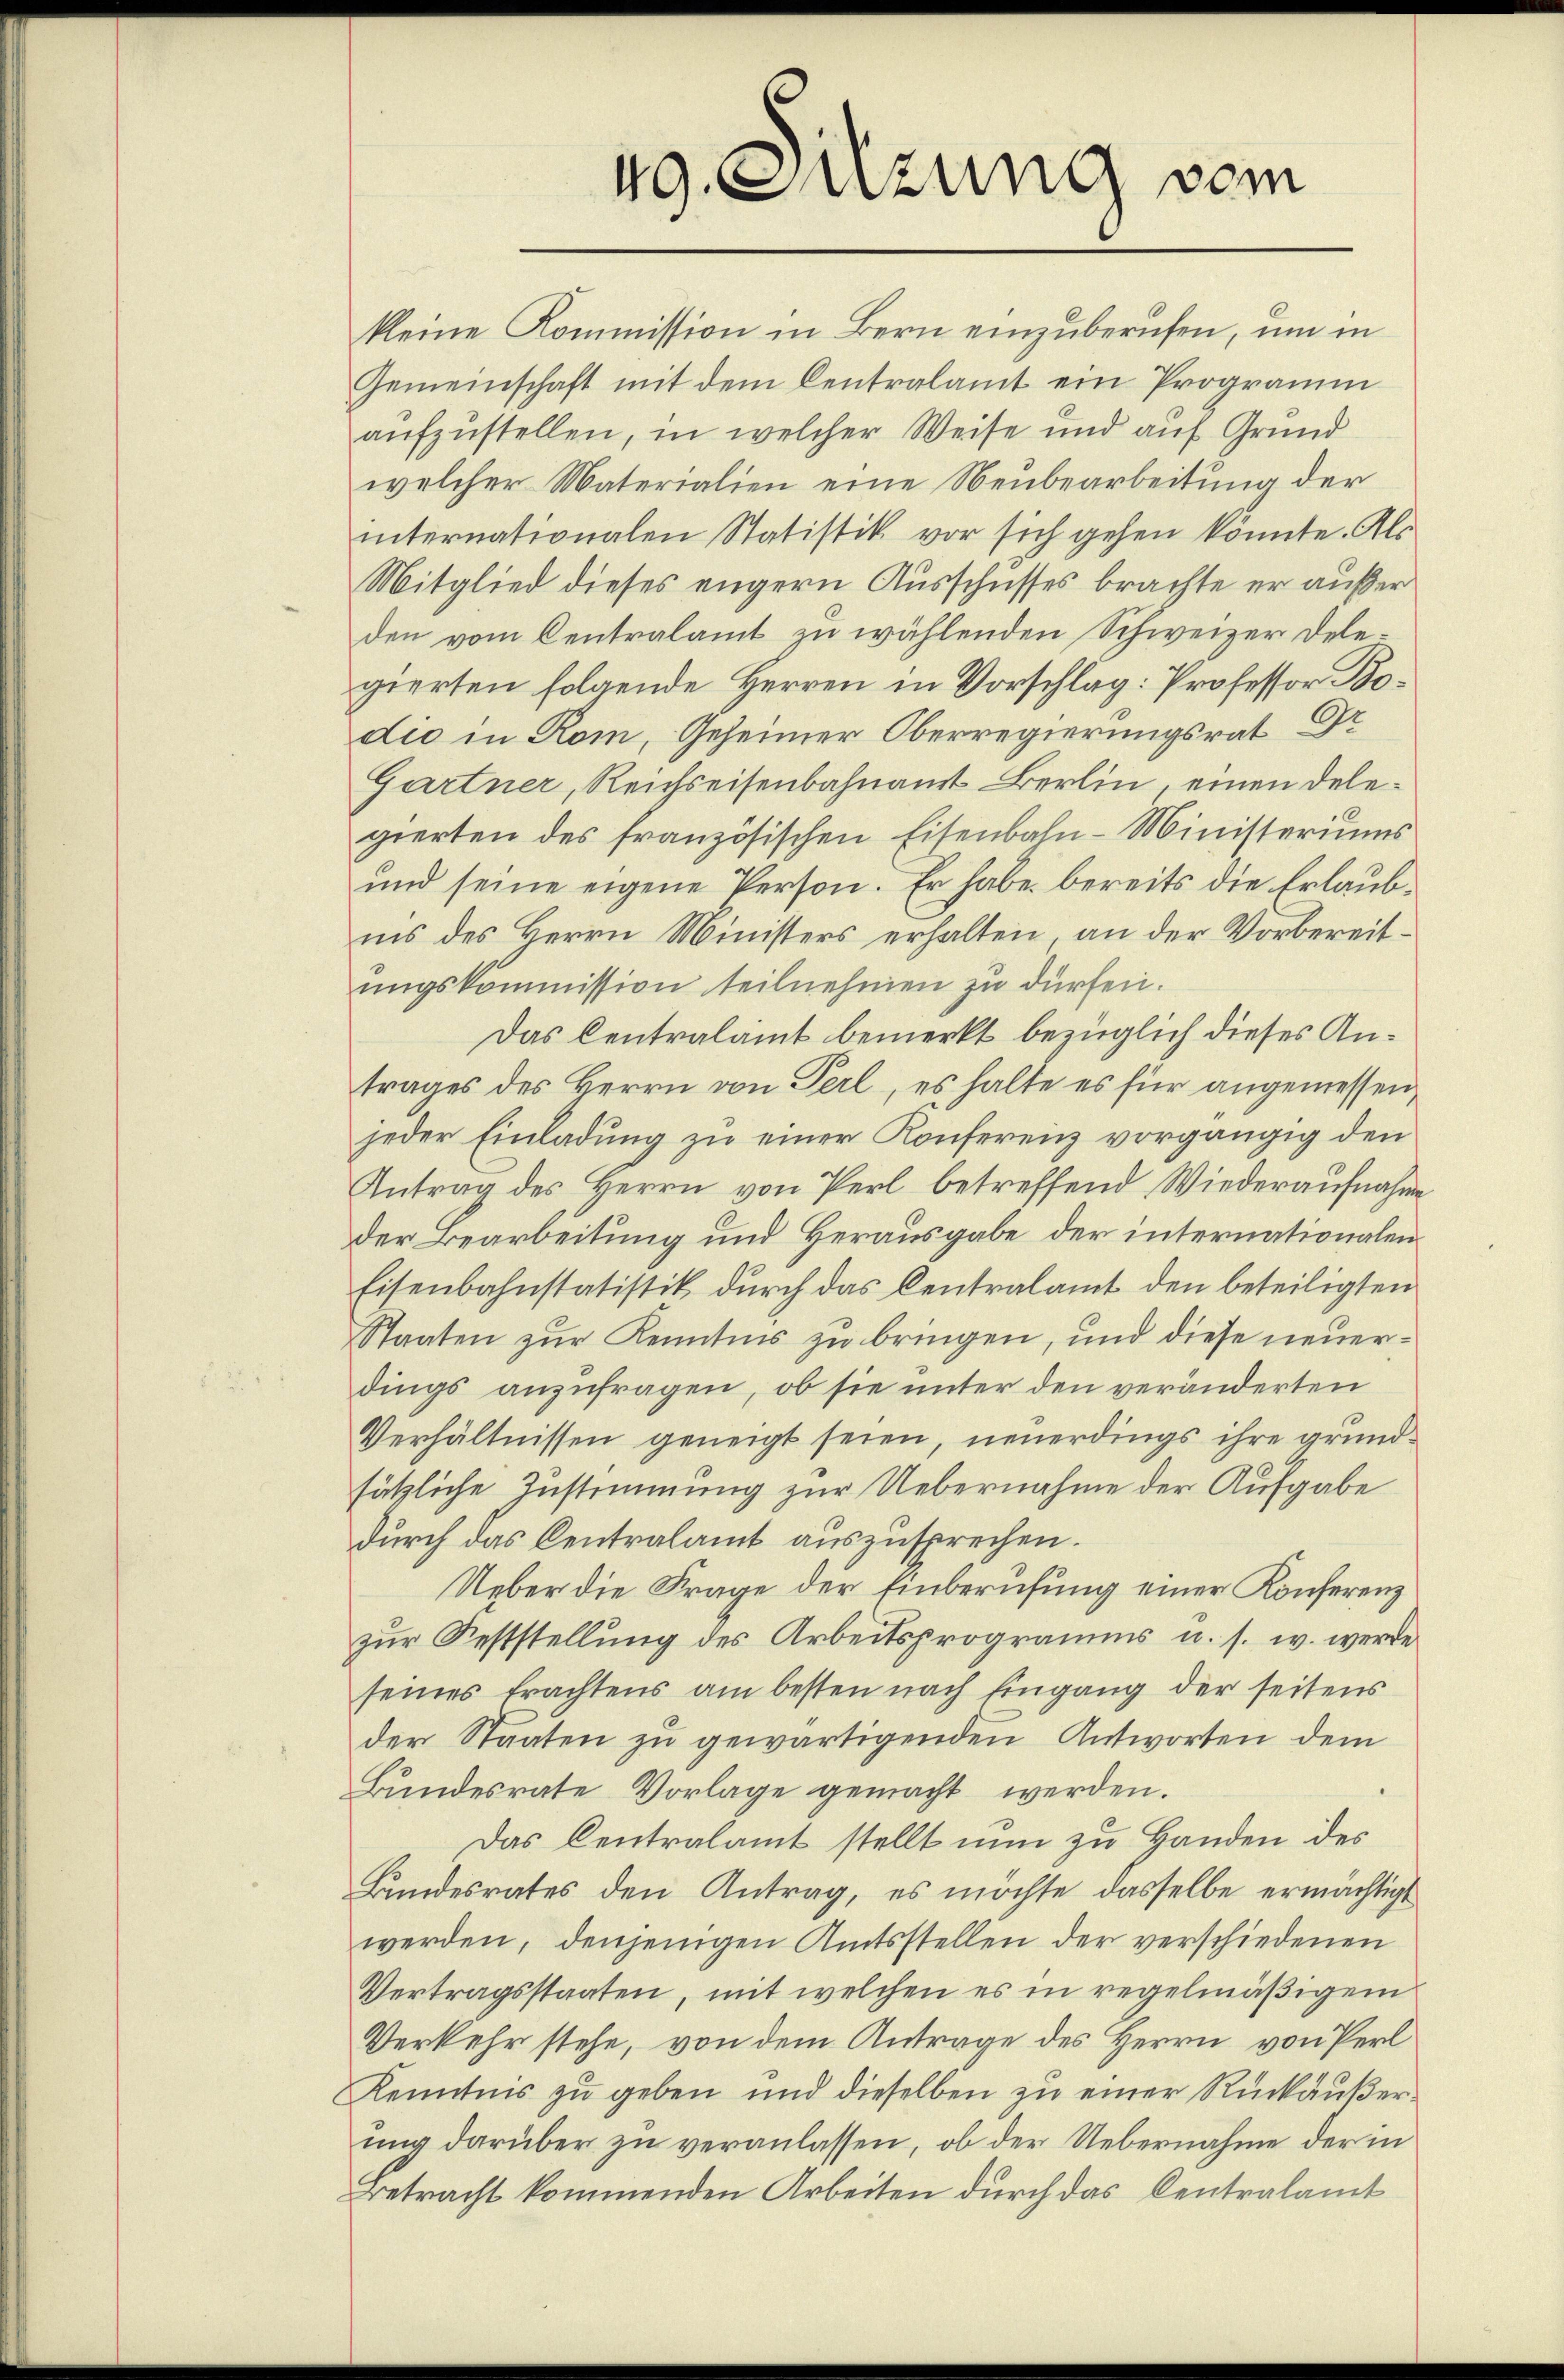
49. Suzung vom

kleine Kommission in Bern einzuberufen, um in
Gemeinschaft mit dem Centralamt ein Programm
aufzustellen, in welcher Weise und auf Grund
welcher Materialien eine Neubearbeitung der
internationalen Statistik vor sich gehen konnte. Als
Mitglied dieses engern Ausschusses brachte er außer
den vom Centralamt zu wählenden Schweizer Delegierten folgende Herren in Vorschlag: Professor Bodio in Rom, Geheimer Oberregierungsrat Dr
Gartner, Reichseisenbahnamt Berlin, einen Delegierten des französischen Eisenbahn-Ministeriums
und seine eigene Person. Er habe bereits die Erlaubins des Herrn Ministers erhalten, an der Vorbereitŭngskommission teilnehmen zu dürfen.
Das Centralamt bemerkt bezüglich dieses Antrages des Herrn von Perl, es halte es für angemessen,
jeder Einladung zu einer Konferenz vorgängig den
Antrag des Herrn von Perl betreffend Wiederaufnahme
der Bearbeitung und Herausgabe der internationalen
Eisenbahnstatistik durch das Centralamt den beteiligten
Staaten zur Kenntnis zu bringen, und diese neuerdings anzufragen, ob sie unter den veränderten
Verhältnissen geneigt seien, neuerdings ihre grundsätzliche Zustimmung zur Uebernahme der Aufgabe
durch das Centralamt auszusprechen.
Ueber die Frage der Einberufung einer Konferenz
zur Feststellung des Arbeitsprogramms u. s. w. werde
seines Erachtens am besten nach Eingang der seitens
der Staaten zŭ gewärtigenden Antworten dem
Bundesrate Vorlage gemacht werden.
Das Centralamt stellt nun zu Handen des
Bundesrates den Antrag, es möchte dasselbe ermächtigt
werden, denjenigen Amtsstellen der verschiedenen
Vertragsstaaten, mit welchen es in regelmäßigem
Verkehr stehe, von dem Antrage des Herrn von Perl
Kenntnis zu geben und dieselben zu einer Rückäußerung darüber zu veranlassen, ob der Uebernahme der in
Betracht kommenden Arbeiten durch das Centralamt